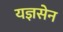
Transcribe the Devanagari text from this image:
यज्ञसेन